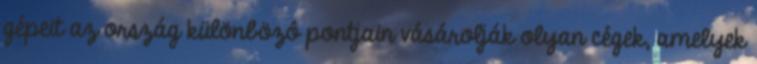
gépeit az ország különbözô pontjain vásárolják olyan cégek, amelyek